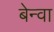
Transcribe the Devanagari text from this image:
बेन्वा